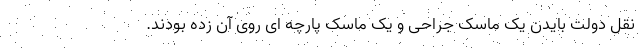
نقل دولت بایدن یک ماسک جراحی و یک ماسک پارچه ای روی آن زده بودند.